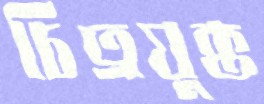
চিত্রযুক্ত